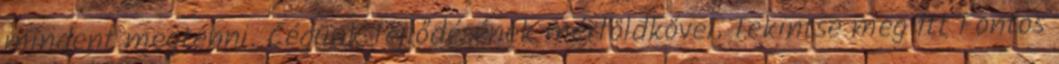
mindent megtenni. Cégünk fejlődésének mérföldkövei. Tekintse meg itt Fontos